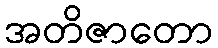
အတိဇာတော